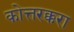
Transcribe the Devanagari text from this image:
कोत्तरक्करा